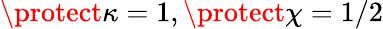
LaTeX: \protect\kappa=1,\protect\chi=1/2